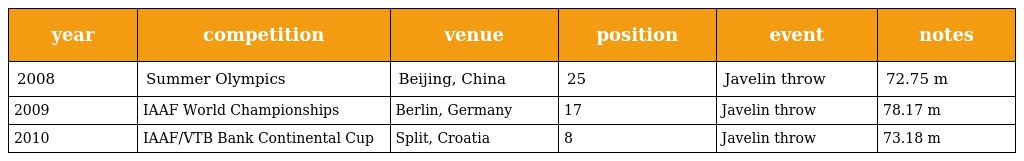
| year | competition | venue | position | event | notes |
 | --- | --- | --- | --- | --- | --- |
 | 2008 | Summer Olympics | Beijing, China | 25 | Javelin throw | 72.75 m |
 | 2009 | IAAF World Championships | Berlin, Germany | 17 | Javelin throw | 78.17 m |
 | 2010 | IAAF/VTB Bank Continental Cup | Split, Croatia | 8 | Javelin throw | 73.18 m |